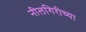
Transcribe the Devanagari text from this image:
नीलगिरीच्या